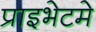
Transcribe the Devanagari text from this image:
प्राइभेटमे